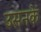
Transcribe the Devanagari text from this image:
उसनके